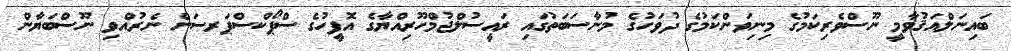
ބައިނަލްއަޤުވާމީ ނޫސްވެރިކަމުގެ މިނިވަންކަމުގެ ދުވަހުގެ މުނާސަބަތުގައި ރައީސުލްޖުމްހޫރިއްޔާގެ އޮފީހުގެ ސްޕޯކްސްޕަރސަން ނެރުއްވި ނޫސްބަޔާން